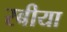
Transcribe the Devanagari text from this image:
रबीया